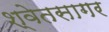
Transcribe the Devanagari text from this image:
श्वेतसागर